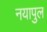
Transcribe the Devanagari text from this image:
नयापुल